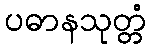
ပဓာနသုတ္တံ